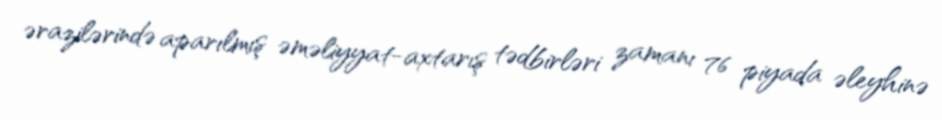
ərazilərində aparılmış əməliyyat-axtarış tədbirləri zamanı 76 piyada əleyhinə